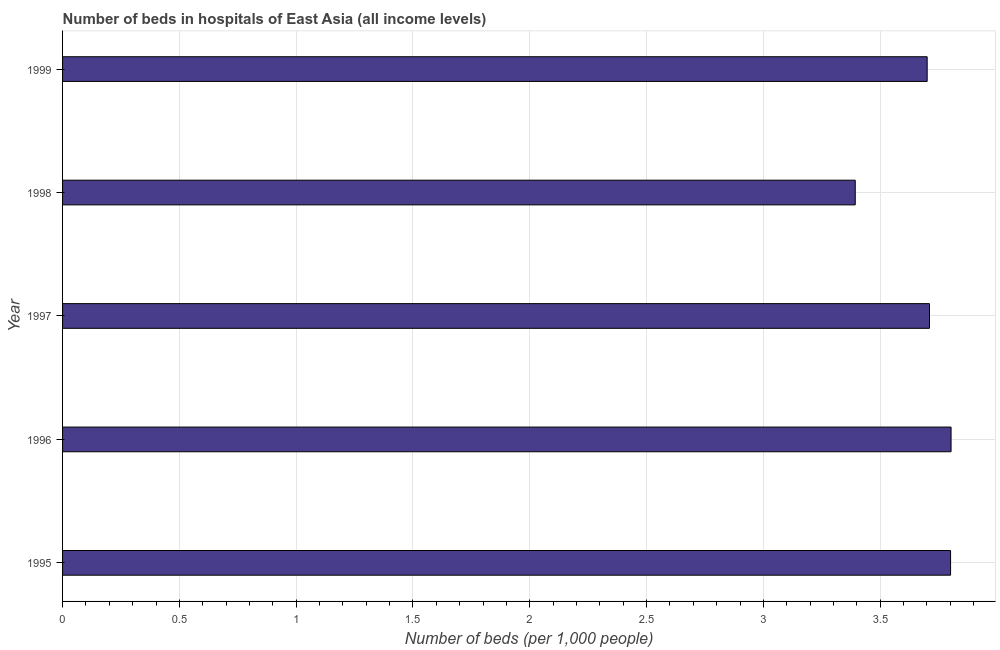
| Year | Hospital beds |
 | --- | --- |
 | 1995 | 3.8 |
 | 1996 | 3.8 |
 | 1997 | 3.71 |
 | 1998 | 3.39 |
 | 1999 | 3.7 |